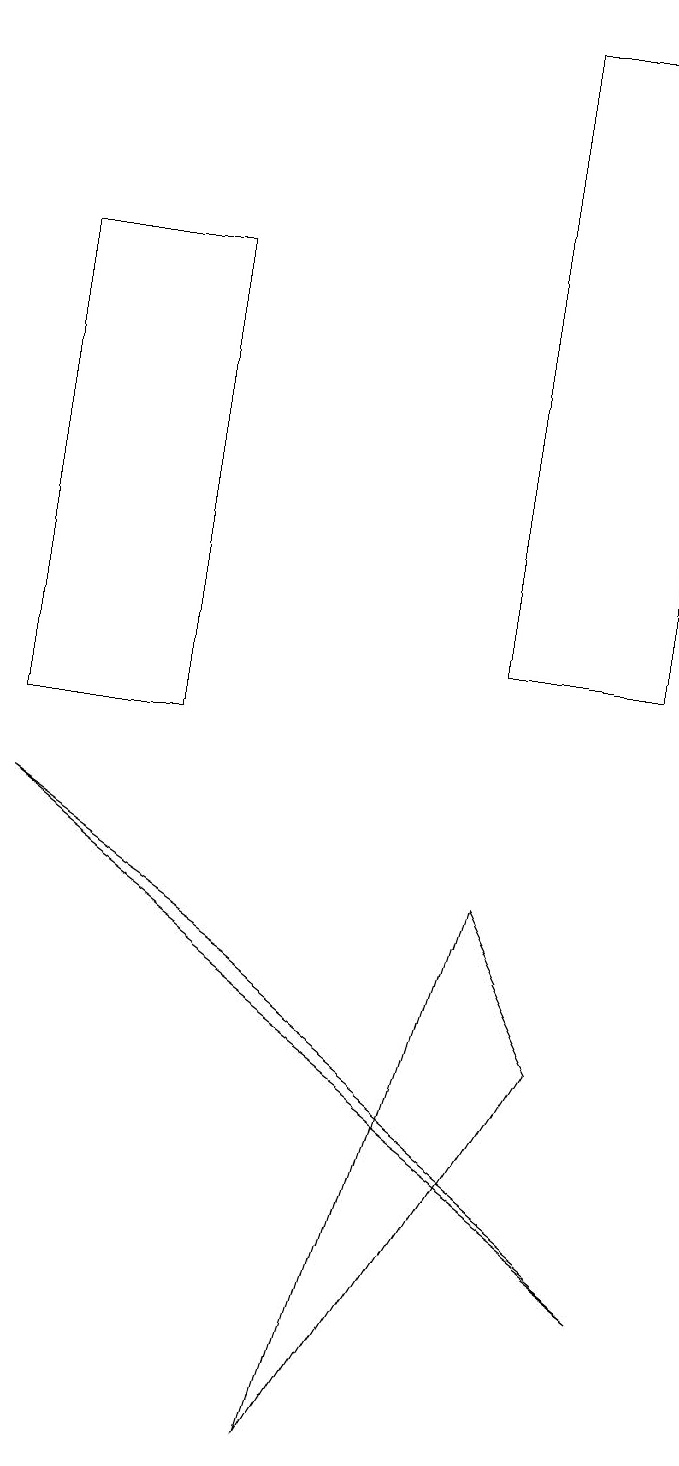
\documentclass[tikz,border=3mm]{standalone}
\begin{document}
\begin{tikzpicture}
\draw (3,7) -- (0,9) -- (8,3) -- cycle;
\draw (7,6) -- (4,1) -- (6,8) -- cycle;
\draw (2,16) rectangle (0,10);
\draw (8,19) rectangle (6,11);
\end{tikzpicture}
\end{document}